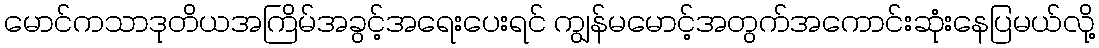
မောင်ကသာဒုတိယအကြိမ်အခွင့်အရေးပေးရင် ကျွန်မမောင့်အတွက်အကောင်းဆုံးနေပြမယ်လို့